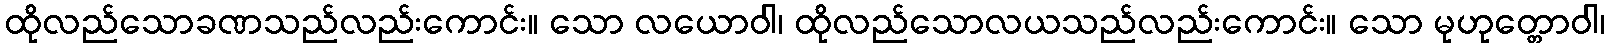
ထိုလည်သောခဏသည်လည်းကောင်း။ သော လယောဝါ၊ ထိုလည်သောလယသည်လည်းကောင်း။ သော မုဟုတ္တောဝါ၊